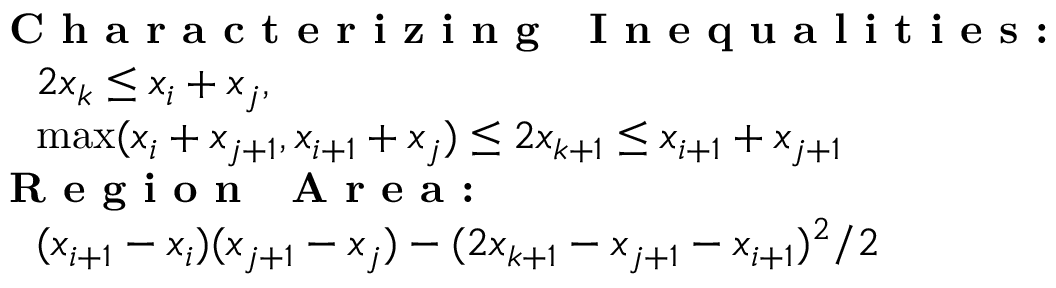
\begin{array} { r l } & { \mathrm { \textbf { C h a r a c t e r i z i n g ~ I n e q u a l i t i e s : } } } \\ & { \quad 2 x _ { k } \leq x _ { i } + x _ { j } , } \\ & { \quad \operatorname* { m a x } ( x _ { i } + x _ { j + 1 } , x _ { i + 1 } + x _ { j } ) \leq 2 x _ { k + 1 } \leq x _ { i + 1 } + x _ { j + 1 } } \\ & { \mathrm { \textbf { R e g i o n ~ A r e a : } } } \\ & { \quad ( x _ { i + 1 } - x _ { i } ) ( x _ { j + 1 } - x _ { j } ) - ( 2 x _ { k + 1 } - x _ { j + 1 } - x _ { i + 1 } ) ^ { 2 } / 2 } \end{array}